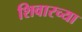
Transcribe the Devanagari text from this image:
शिवारच्या